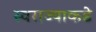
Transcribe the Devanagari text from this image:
स्वराज्याकडे